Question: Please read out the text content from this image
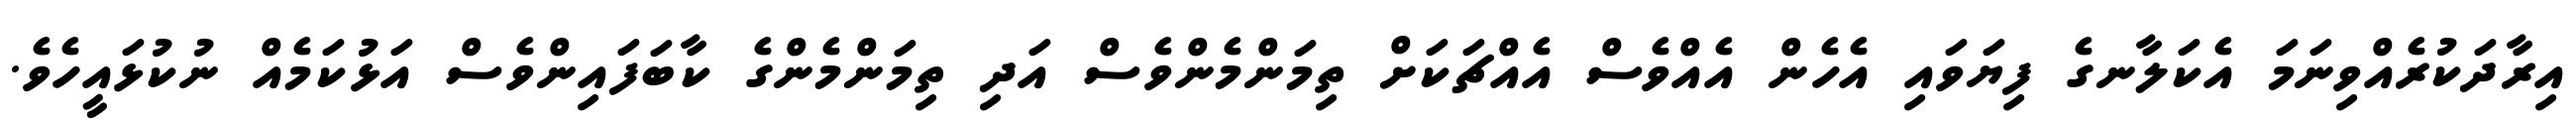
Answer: އިރާދަކުރެއްވިނަމަ އެކަލާނގެ ފިޔަވައި އެހެން އެއްވެސް އެއްޗަކަށް ތިމަންމެންވެސް އަދި ތިމަންމެންގެ ކާބަފައިންވެސް އަޅުކަމެއް ނުކުޅައީހެވެ.